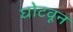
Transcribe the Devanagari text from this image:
घोटवून